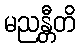
မညန္တီတိ